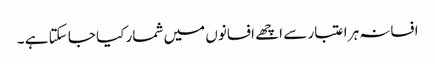
افسانہ ہر اعتبار سے اچھے افسانوں میں شمار کیا جا سکتا ہے ۔